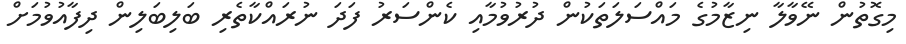
މިގޮތުން ނޭވާލާ ނިޒާމުގެ މައްސަލަތަކުން ދުރުވުމާއި ކެންސަރު ފަދަ ނުރައްކާތެރި ބަލިބަލިން ދިފާއުވުމަށް